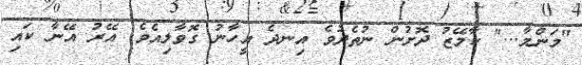
"މަންމާ..." ކާމޭޒު ދޮށުން ނުތެދުވެ އިނދެ އީހާނު ގޮވާލިއެވެ. އޭރު އޭނާ ކައި